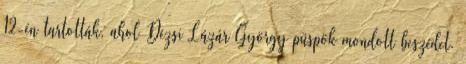
12-én tartották, ahol Dézsi Lázár György püspök mondott beszédet.